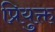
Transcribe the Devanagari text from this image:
प्रियुक्त